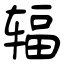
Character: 辐